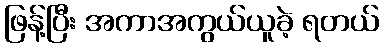
ဖြန့်ပြီး အကာအကွယ်ယူခဲ့ ရတယ်